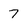
Character: 7